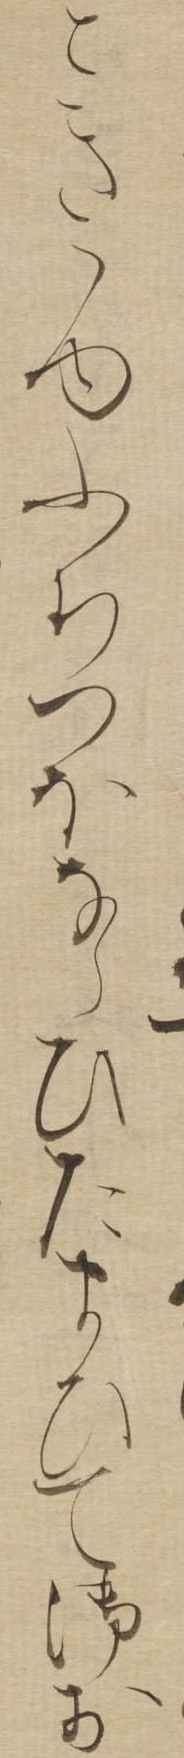
ときゝゆふちつほならひたまひて御お